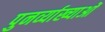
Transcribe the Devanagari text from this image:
पुनर्व्याख्याओं